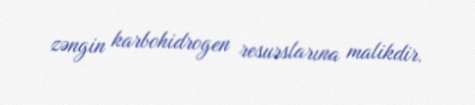
zəngin karbohidrogen resurslarına malikdir.